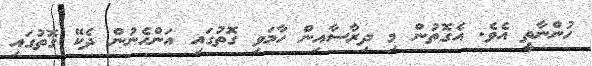
ހުންނާތީ އެވެ. އެގޮތުން މި ދިރާސާއިން ހާމަވި ގޮތުގައި އަންހެނުން ދެކޭ ގޮތުގައި